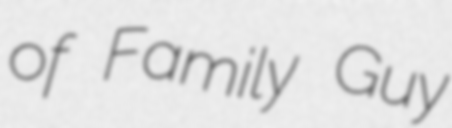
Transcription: of Family Guy